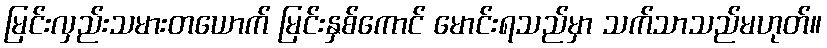
မြင်းလှည်းသမားတယောက် မြင်းနှစ်ကောင် မောင်းရသည်မှာ သက်သာသည်မဟုတ်။